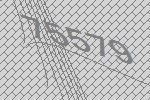
75579